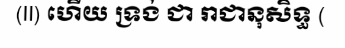
(II) ហើយ ទ្រង់ ជា រាជានុសិទ្ធ (